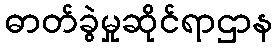
ဓာတ်ခွဲမှုဆိုင်ရာဌာန